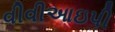
વીવીઆઇપી